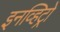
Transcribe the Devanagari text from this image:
इनव्हिट्रो